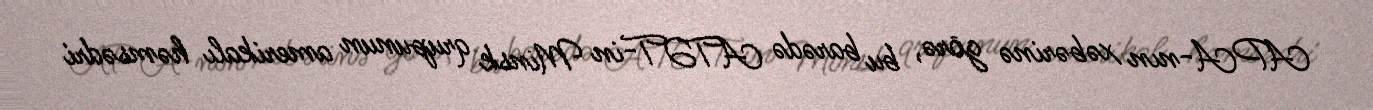
APA-nın xəbərinə görə, bu barədə ATƏT-in Minsk qrupunun amerikalı həmsədri